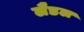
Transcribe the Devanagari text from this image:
लैडल